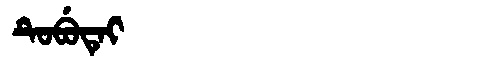
Manchu: ᡨᡠᠪᡠᡨᡝᡳ
Romanization: TUBUTEI